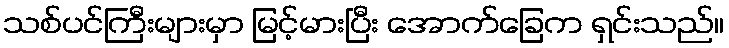
သစ်ပင်ကြီးများမှာ မြင့်မားပြီး အောက်ခြေက ရှင်းသည်။